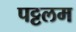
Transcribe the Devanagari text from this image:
पट्टलम